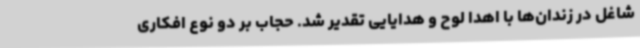
شاغل در زندان‌ها با اهدا لوح و هدایایی تقدیر شد. حجاب بر دو نوع افکاری